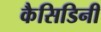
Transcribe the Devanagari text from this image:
कैसिडिनी